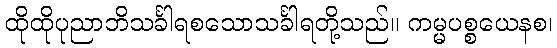
ထိုထိုပုညာဘိသင်္ခါရစသောသင်္ခါရတို့သည်။ ကမ္မပစ္စယေနစ၊